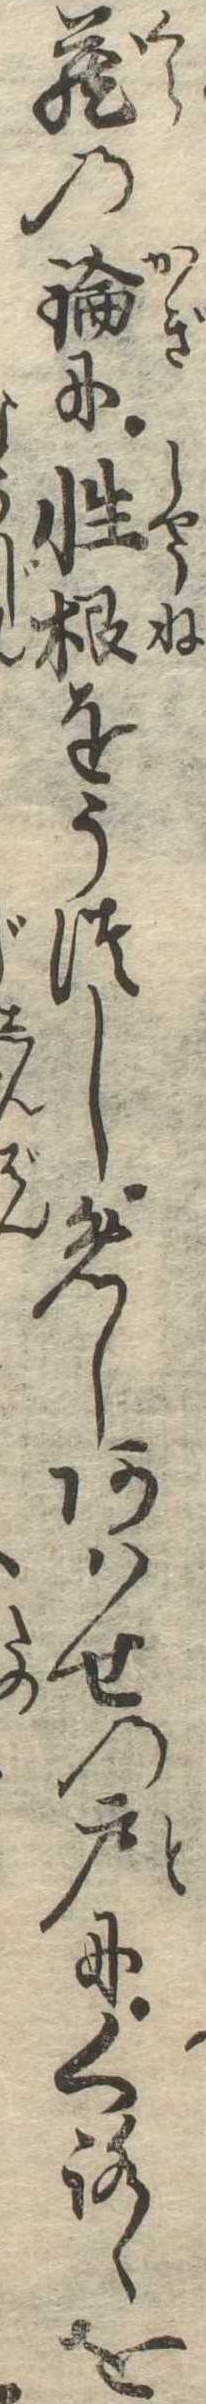
蔵の鑰に性根をうつしめしあはせの戸にくろゝを